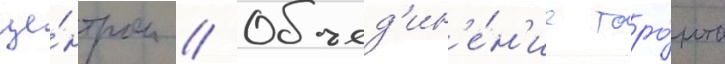
це́нтром // Объед'ин'е́н'ие торо́нто